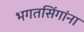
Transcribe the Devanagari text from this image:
भगतसिंगांना